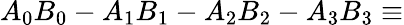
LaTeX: A_{0}B_{0}-A_{1}B_{1}-A_{2}B_{2}-A_{3}B_{3}\equiv